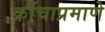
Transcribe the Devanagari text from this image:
क्रौंचाप्रमाणे